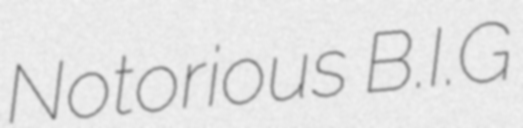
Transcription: Notorious B.I.G